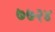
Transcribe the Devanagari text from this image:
७७२४